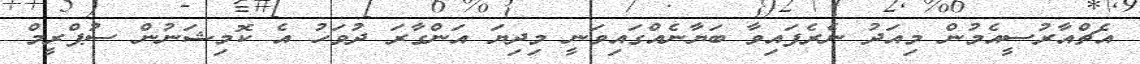
އެޗްއާރުސީއެމުން މިއަދު ނެރެފައިވާ ބަޔާނެއްގައިވަނީ މިދިޔަ އަންގާރަ ދުވަހު އެ ކޮމިޝަނުން ސުޕްރީމް